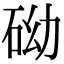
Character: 𥑑